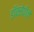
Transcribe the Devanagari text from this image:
डॉक्सेपीने